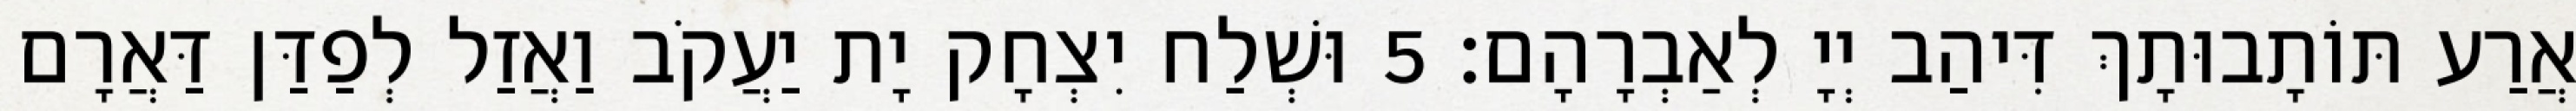
אֲרַע תּוֹתָבוּתָךְ דִּיהַב יְיָ לְאַבְרָהָם׃ 5 וּשְׁלַח יִצְחָק יָת יַעֲקֹב וַאֲזַל לְפַדַּן דַּאֲרָם